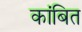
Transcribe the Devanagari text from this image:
कांबित